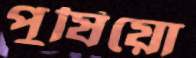
পুষিয়ো